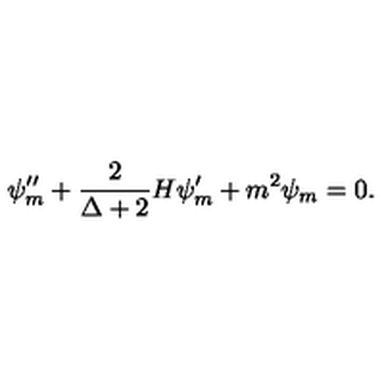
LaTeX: \psi _ { m } ^ { \prime \prime } + \frac { 2 } { \Delta + 2 } H \psi _ { m } ^ { \prime } + m ^ { 2 } \psi _ { m } = 0 .